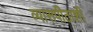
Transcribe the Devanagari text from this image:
व्यासपीठाशी